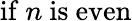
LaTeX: {\mathrm{if~}}n{\mathrm{~is~even}}